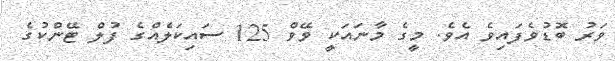
ވަރު ބޮޑުވެފައިވެ އެވެ. މީގެ މާނައަކީ ވޭވް 125 ސައިކަލެއްގެ ފުލް ޓޭންކުގެ